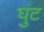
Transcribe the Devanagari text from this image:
घुंट